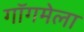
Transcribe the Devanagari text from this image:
गॉगमेला